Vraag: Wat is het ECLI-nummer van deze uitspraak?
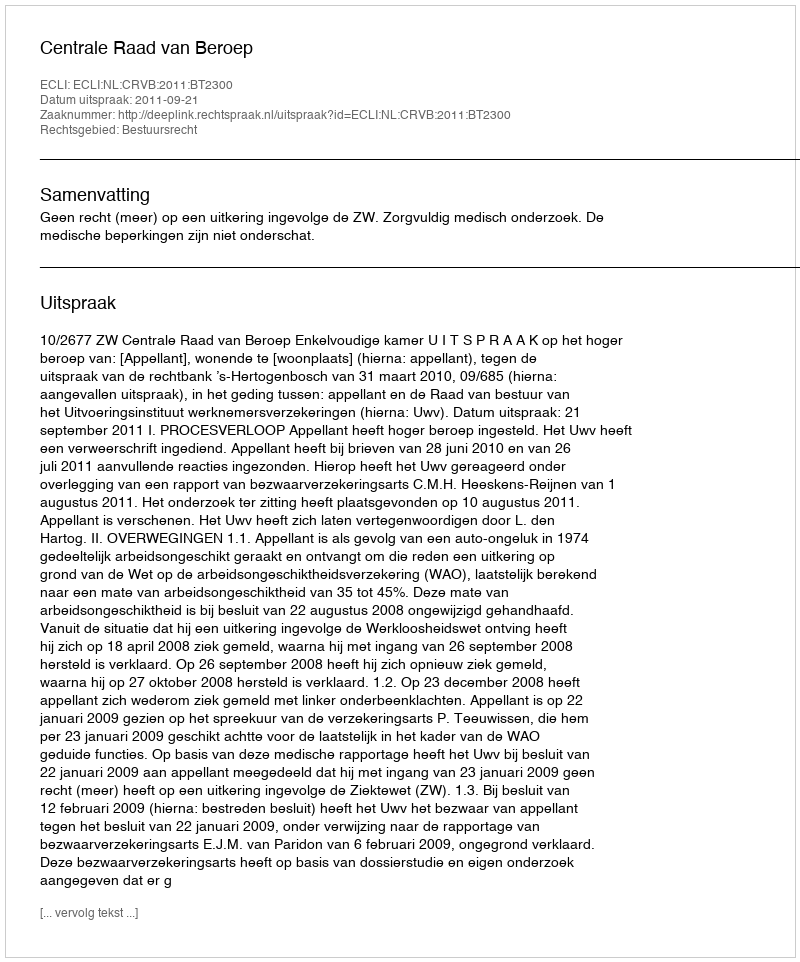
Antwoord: ECLI:NL:CRVB:2011:BT2300